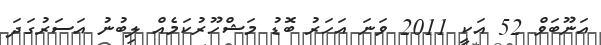
އަނޫބަވް 52 އަކީ 2011 ވަނަ އަހަރު ބޮޑު މަޝްހޫރުކަމެއް ލިބުނު އަސަރުގަދަ